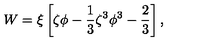
W = \xi \left[ \zeta \phi - { \frac { 1 } { 3 } } \zeta ^ { 3 } \phi ^ { 3 } - { \frac { 2 } { 3 } } \right] ,